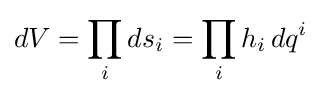
dV=\prod _{i}ds_{i}=\prod _{i}h_{i}\,dq^{i}